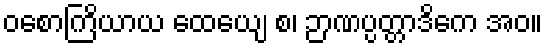
ဝစောကြိယာယ ထေယျေ စ၊ ဉာဏပ္ပတ္တာဒိကေ အဝ။